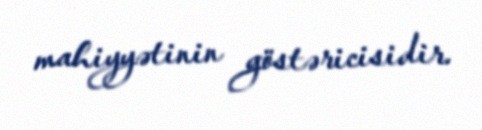
mahiyyətinin göstəricisidir.